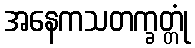
အနေကသတက္ခတ္တုံ